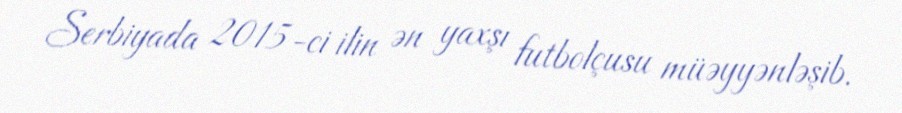
Serbiyada 2015-ci ilin ən yaxşı futbolçusu müəyyənləşib.